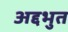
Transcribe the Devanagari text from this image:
अद्दभुत